Annual administration report of the Civil Veterinary Department of India - 1897-1898
Year: 1897
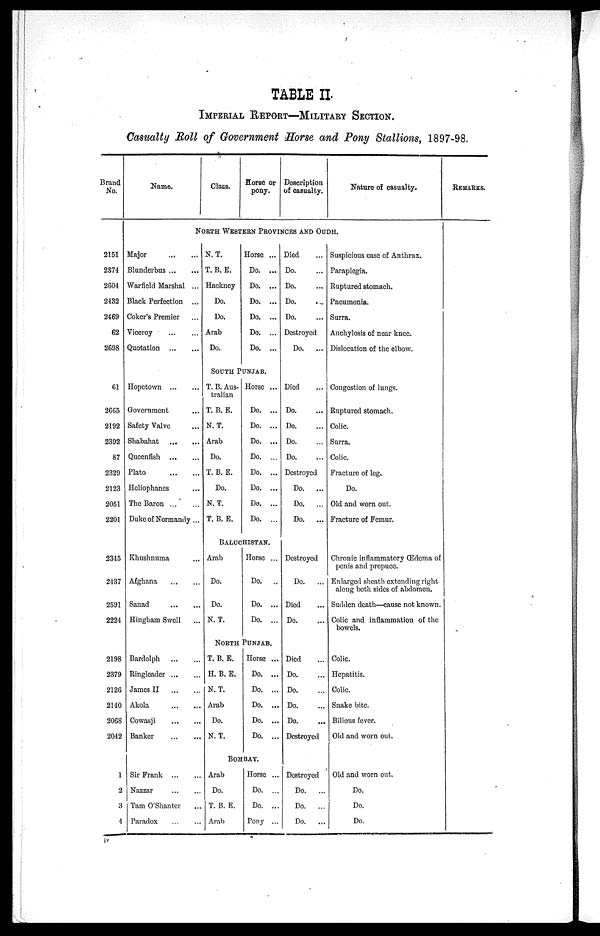
TABLE II
IMPERIAL REPORT—MILITARY SECTION.
Casualty Roll of Government Horse and Pony Stallions, 1897-98.
Brand
No.
2151
2374
2604
2432
2469
62
2698
61
2665
2192
2392
87
2329
2123
2051
2201
2345
2437
2591
2224
2198
2379
2126
2140
2068
2042
1
2
3
4
Name.
Class.
Horse or
pony.
Description
of casualty.
Nature of casualty.
NORTH WESTERN PROVINCES AND OUDH.
Major
...
...
Blunderbus ... ...
Warfield Marshal ... ...
Black Perfection ... ...
Coker's Premier ... ...
Viceroy
...
...
Quotation
...
...
N. T.
T. B. E.
Hackney
Do.
Do.
Arab
Do.
Horse ...
Do. ...
Do. ...
Do. ...
Do. ...
Do. ...
Do. ...
Died
Do.
Do.
Do.
Do.
Destroyed
Do.
...
Suspicious case of Anthrax.
Paraplegia.
Ruptured stomach.
Pneumonia.
Surra.
Anchylosis of near knee.
Dislocation of the elbow.
SOUTH PUNJAB.
Hopetown
...
...
Government ...
Safety Valve ...
Shabahat
...
...
Queenfish
...
...
Plato
...
...
Heliophanes ...
The Baron
...
...
Duke of Normandy ...
T. B. Aus-
tralian
T. B. E.
N. T.
Arab
Do.
T. B. E.
Do.
N. T.
T. B. E.
Horse ...
Do. ...
Do. ...
Do. ...
Do. ...
Do. ...
Do. ...
Do. ...
Do. ...
Died
Do.
Do.
Do.
Do.
Destroyed
Do.
...
Do.
...
Do.
...
Congestion of lungs.
Ruptured stomach.
Colic.
Surra.
Colic.
Fracture of leg.
Do.
Old and worn out.
Fracture of Femur.
BALUCHISTAN.
Khushnuma ...
Afghana
...
...
Sanad
...
...
Hingham Swell ... ...
Arab
Do.
Do.
N. T.
Horse ...
Do.
..
Do. ...
Do. ...
Destroyed
Do.
...
Died
Do.
Chronic inflammatory Œdema of
penis and prepuce.
Enlarged sheath extending right
along both sides of abdomen.
Sudden death—cause not known.
Colic and inflammation of the
bowels.
NORTH PUNJAB.
Bardolph ... ...
Ringleader ... ...
James II ... ...
Akola ... ...
Cowasji ... ...
Banker ... ...
T. B. E.
H. B. E.
N. T.
Arab
Do.
N. T.
Horse ...
Do. ...
Do. ...
Do. ...
Do. ...
Do. ...
Died ...
Do. ...
Do. ...
Do. ...
Do. ...
Destroyed
Colic.
Hepatitis.
Colic.
Snake bite.
Bilious fever.
Old and worn out.
BOMBAY.
Sir Frank
...
...
Nazzar
...
...
Tam O'Shanter ...
Paradox
...
...
Arab
Do.
T. B. E.
Arab
Horse ...
Do. ...
Do. ...
Pony ...
Destroyed
Do.
...
Do.
...
Do.
...
Old and worn out.
Do.
Do.
Do.
REMARKS.
iv